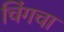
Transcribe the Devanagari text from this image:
चिंगचा